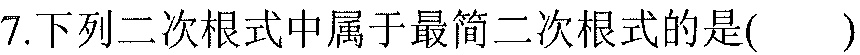
7.下列二次根式中属于最简二次根式的是( )